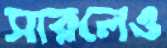
সারলেও